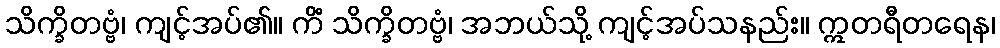
သိက္ခိတဗ္ဗံ၊ ကျင့်အပ်၏။ ကိံ သိက္ခိတဗ္ဗံ၊ အဘယ်သို့ ကျင့်အပ်သနည်း။ ဣတရီတရေန၊